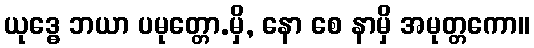
ယုဒ္ဓေ ဘယာ ပမုတ္တော.မှိ, နော စေ နာမှိ အမုတ္တကော။